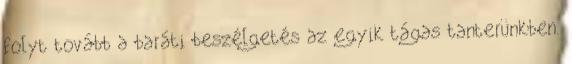
folyt tovább a baráti beszélgetés az egyik tágas tanterünkben.